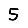
Digit: 5